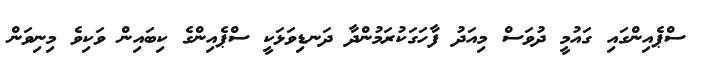
ސްޕެއިންގައި ގައުމީ ދުވަސް މިއަދު ފާހަގަކުރަމުންދާ ދަނޑިވަޅަކީ ސްޕެއިންގެ ކިބައިން ވަކިވެ މިނިވަން